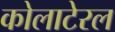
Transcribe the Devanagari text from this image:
कोलाटेरल